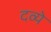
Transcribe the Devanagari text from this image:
दव्ये